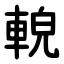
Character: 䡚